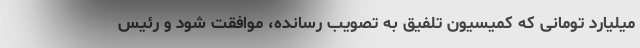
میلیارد تومانی که کمیسیون تلفیق به تصویب رسانده، موافقت شود و رئیس